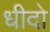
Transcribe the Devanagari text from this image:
धीदो